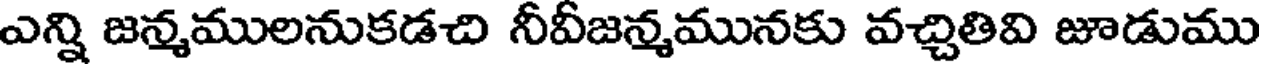
ఎన్ని జన్మములనుకడచి నీవీజన్మమునకు వచ్చితివి జూడుము